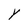
Character: Y